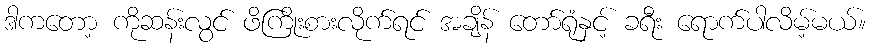
ဒါကတော့ ကိုဆန်းလွင် ဖိကြိုးစားလိုက်ရင် အချိန် တော်ရုံနှင့် ခရီး ရောက်ပါလိမ့်မယ်။